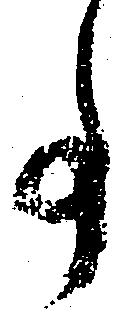
事